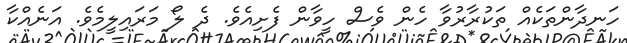
ހަނދާންތަކެއް ތަކުރާރުވާ ހެން ވެސް ހީވާން ފެށިއެވެ. ދެ ލޯ މަރައިލީމެވެ. އަނެއްކާ